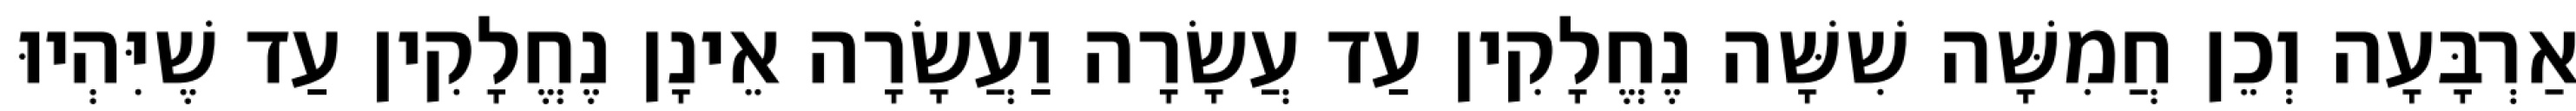
אַרְבָּעָה וְכֵן חֲמִשָּׁה שִׁשָּׁה נֶחֱלָקִין עַד עֲשָׂרָה וַעֲשָׂרָה אֵינָן נֶחֱלָקִין עַד שֶׁיִּהְיוּ